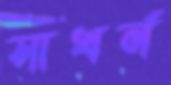
সাখর্ন